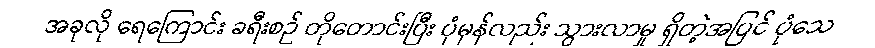
အခုလို ရေကြောင်း ခရီးစဉ် တိုတောင်းပြီး ပုံမှန်လည်း သွားလာမှု ရှိတဲ့အပြင် ပုံသေ